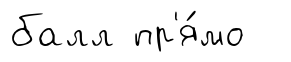
балл пр'я́мо